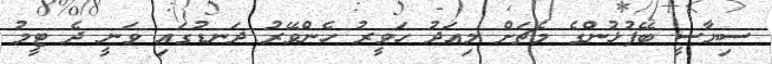
ސިޔާސީ ބޭފުޅުންގެ މެޗަށް މިއަދު ހަވީރު ހެންވޭރު ދަނޑުގައި ވަނީ ދެ ޓީމު